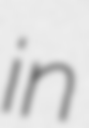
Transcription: in